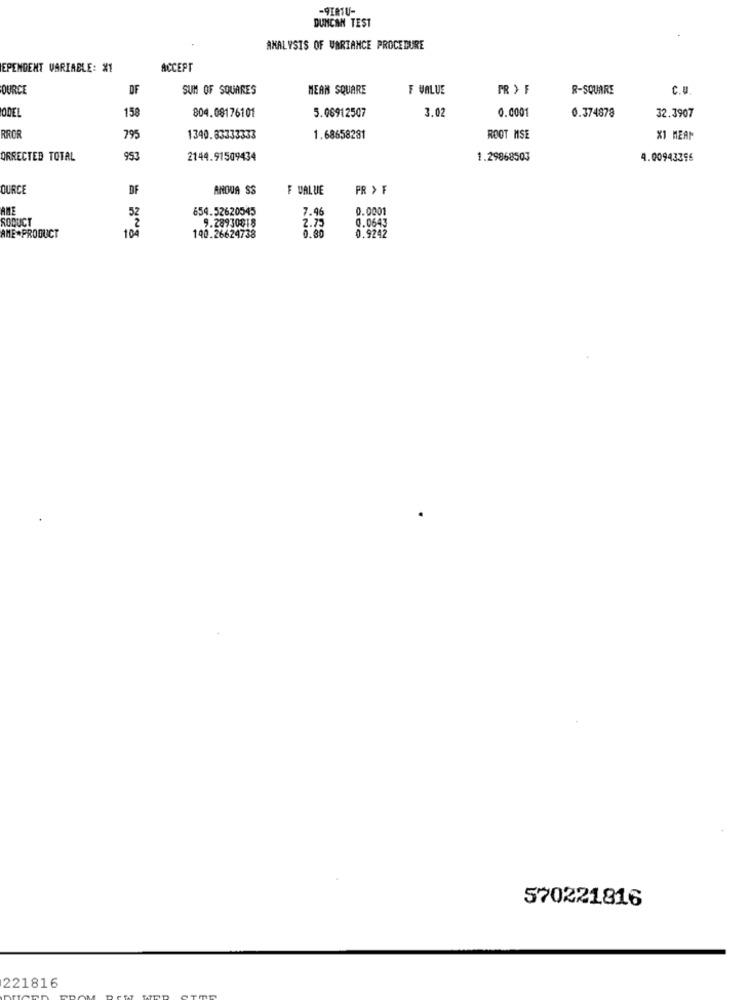
-9IMTU-
DUNCAN TEST
ANALYSIS OF UBRIANCE PROCEDURE
EPENDENT VARIABLE: 81
ACCEPT
OURCE
DF
SUM OF SQUARES
MEAN SQUARE
F VALUE
PR ) F
R-SQUARE
C.U
804.08176101
3.02
ODEL
158
5.06912507
0.0001
0.374878
32.3907
RROR
795
1340.83333333
1.68658281
ROOT MSE
X1 MEAN
ORRECTED TOTAL
953
2144.91509434
1.29868503
4.00943396
OURCE
DF
ANOUA SS
F VALUE
PR > F
ANE
654.52620545
7.46
0.0001
52
0.0643
RODUCT
10%
9.28930818
2.75
0.80
0.9242
AME-PRODUCT
140.26624738
570221816
221816